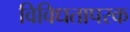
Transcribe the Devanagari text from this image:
विविधतापरक